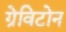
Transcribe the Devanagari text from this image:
ग्रेविटोन